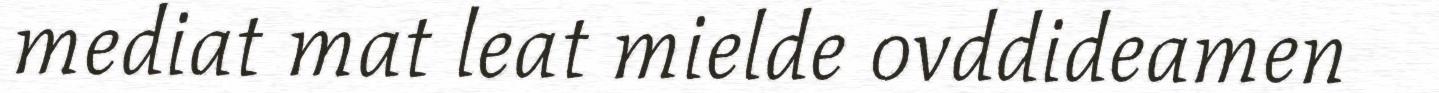
mediat mat leat mielde ovddideamen